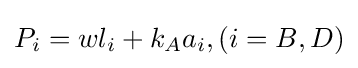
P_{i}=wl_{i}+k_{A}a_{i},(i=B,D)